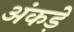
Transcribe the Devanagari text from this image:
अंकड़े